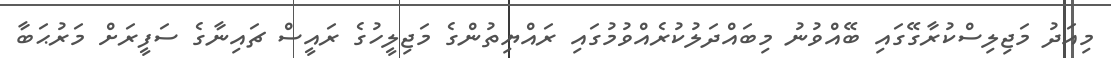
މިއަދު މަޖިލިސްކުރާގޭގައި ބޭއްވުނު މިބައްދަލުކުރެއްވުމުގައި ރައްޔިތުންގެ މަޖިލީހުގެ ރައީސް ޗައިނާގެ ސަފީރަށް މަރުޙަބާ